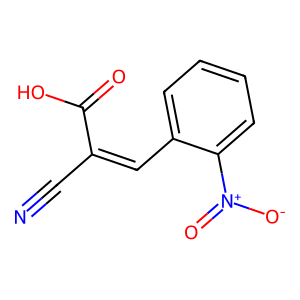
SMILES: N#CC(=Cc1ccccc1[N+](=O)[O-])C(=O)O
Inhibits HIV replication: No